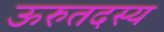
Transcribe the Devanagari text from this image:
ऊरुतदस्य